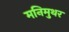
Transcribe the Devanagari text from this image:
मनिमुथर